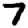
Digit: 7